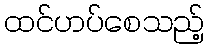
ထင်ဟပ်စေသည့်